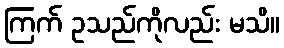
ကြက် ဥသည်ကိုလည်း မသိ။